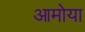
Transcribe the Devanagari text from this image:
आमोया